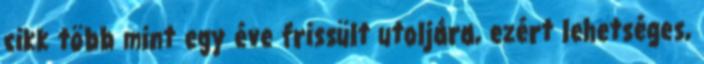
cikk több mint egy éve frissült utoljára, ezért lehetséges,